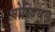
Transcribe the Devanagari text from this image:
मोस्बियस